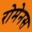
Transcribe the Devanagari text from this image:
रोमेनस